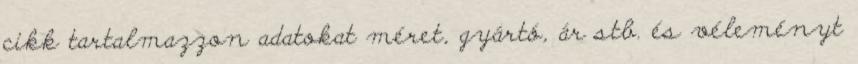
cikk tartalmazzon adatokat méret, gyártó, ár stb. és véleményt